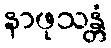
နာဖုသန္တံ